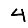
Digit: 4